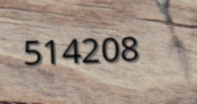
514208